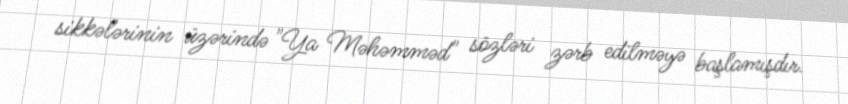
sikkələrinin üzərində "Ya Məhəmməd" sözləri zərb edilməyə başlamışdır.